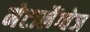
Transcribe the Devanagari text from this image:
मेटालैंग्वेज